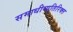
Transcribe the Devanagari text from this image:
समाधीव्यतिरिक्त